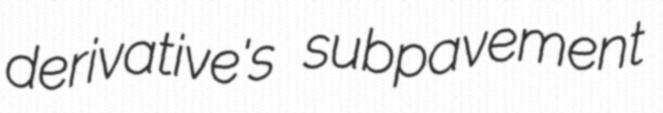
derivative's subpavement